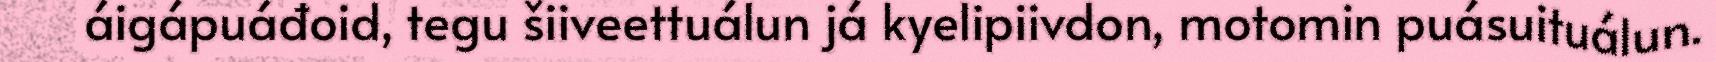
áigápuáđoid, tegu šiiveettuálun já kyelipiivdon, motomin puásuituálun.